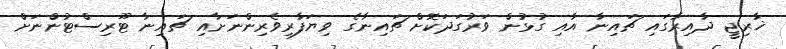
ޚާރިޖީ ދާއިރާގައި ޗައިނާ އާއި ގުޅުން ވަރުގަދަކޮށް ޗައިނާގެ ވިޔަފާރިވެރިންނަށާއި ޗައިނާ ޓޫރިސްޓުންނަށް